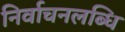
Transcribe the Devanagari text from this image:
निर्वाचनलब्धि